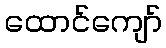
ထောင်ကျော်